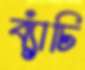
ব্যাঁচি